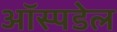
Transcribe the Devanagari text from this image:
ऑस्पडेल